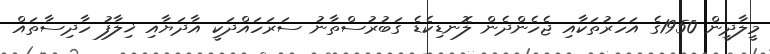
މީލާދީން 1950ގެ އަހަރުތަކާއި ޖެހެންދެން ލޮނޑިކެޑެ ގަބުރުސްތާނު ސަރަހައްދަކީ އާދަޔާއި ޚިލާފު ހާދިސާތައް